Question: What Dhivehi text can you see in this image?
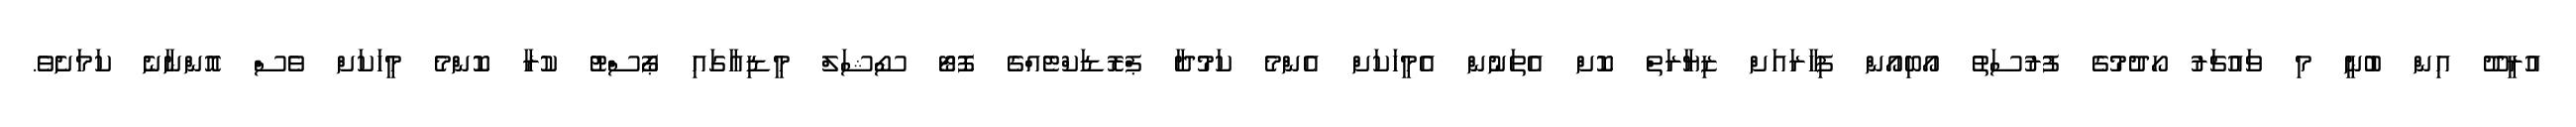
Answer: އުރީދޫ އިން ބުނީ މި ވައުޗަރު ހޯދުމުގެ ފުރުސަތު އޯބިއޯން ފިހާރައަށް ޒިޔާރަތް ކޮށް އެތަނުން އެމީހަކަށް އެންމެ ކަމުދާ ޕްރޮޑަކްޓެއްގެ ފޮޓޯ ސޯޝަލް މީޑިއާގައި ޕޯސްޓު ކުރާ ކޮންމެ މީހަކަށް ވެސް އޮންނާނެ ކަމަށެވެ.